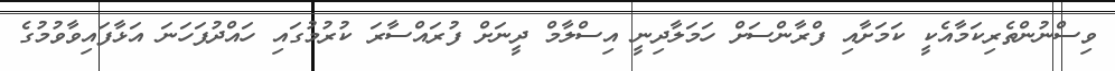
ވިސްނުންތެރިކަމާއެކީ ކަމަށާއި ފްރާންސަށް ހަމަލާދިނީ އިސްލާމް ދީނަށް ފުރައްސާރަ ކުރުމުގައި ހައްދުފަހަނަ އަޅާފައިވާވުމުގެ